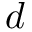
d